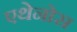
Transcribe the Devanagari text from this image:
एथेनोस